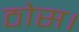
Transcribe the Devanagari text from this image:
ठोस।